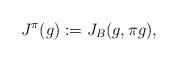
LaTeX: \begin{align*} J^{\pi}(g):=J_{B}(g,{\pi}g), \end{align*}